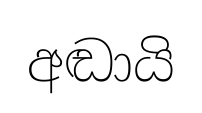
අඬායි